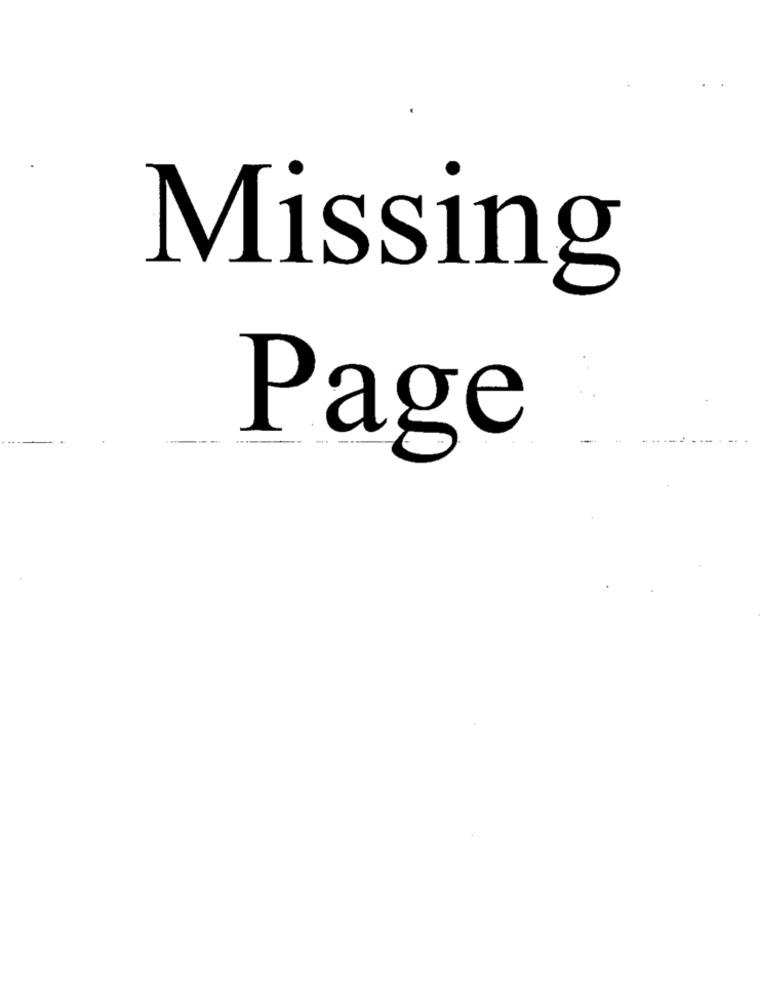
Missing
Page